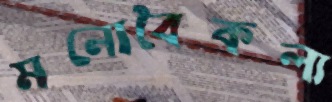
মনোবৈকল্য